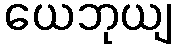
ယေဘုယျ